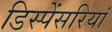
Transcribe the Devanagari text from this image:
डिस्पेंसरियां